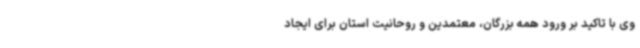
وی با تاکید بر ورود همه بزرگان، معتمدین و روحانیت استان برای ایجاد